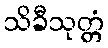
သိခီသုတ္တံ